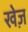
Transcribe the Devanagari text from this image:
खेज़